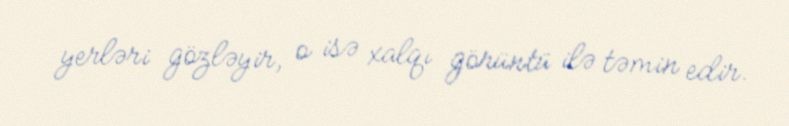
yerləri gözləyir, o isə xalqı görüntü ilə təmin edir.